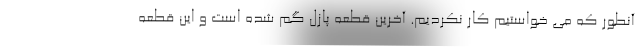
آنطور که می خواستیم کار نکردیم. آخرین قطعه پازل گم شده است و این قطعه